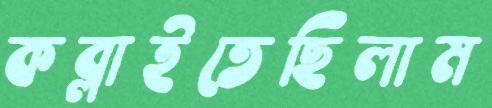
কব্‌লাইতেছিলাম